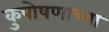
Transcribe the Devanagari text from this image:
कुपोषणाच्या